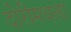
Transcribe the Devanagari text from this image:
दोरीमधला